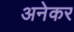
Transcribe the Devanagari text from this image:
अनेकर